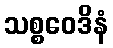
သစ္စဝေဒိနံ